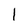
Character: 1